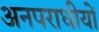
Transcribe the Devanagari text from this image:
अनपराधीयों